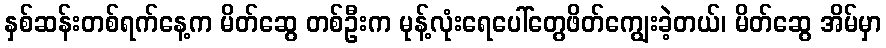
နှစ်ဆန်းတစ်ရက်နေ့က မိတ်ဆွေ တစ်ဦးက မုန့်လုံးရေပေါ်တွေဖိတ်ကျွေးခဲ့တယ်၊ မိတ်ဆွေ အိမ်မှာ